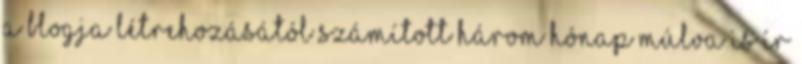
a blogja létrehozásától számított három hónap múlva is ír